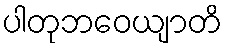
ပါတုဘဝေယျာတိ